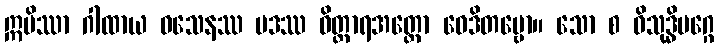
ဣမိဿာ ဂါထာယ ဝသေနဿ ပဒဿ ဝိတ္ထာရအတ္ထော ဝေဒိတဗ္ဗော။ သော စ ဝိသုဒ္ဓိမဂ္ဂေ